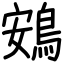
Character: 鴳